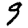
Digit: 9